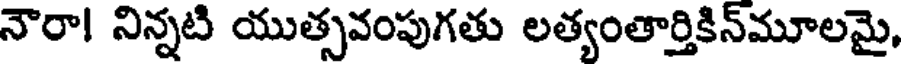
నౌరా! నిన్నటి యుత్సవంపుగతు లత్యంతార్తికిన్మూలమై,